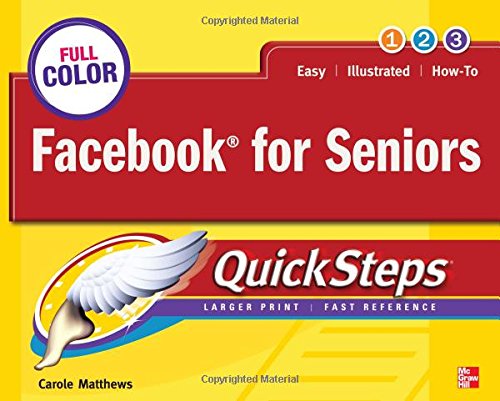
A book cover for Facebook for Seniors QuickSteps; Carole Matthews; Computers & Technology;